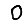
Digit: 0